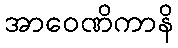
အာဝေဏိကာနိ